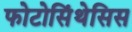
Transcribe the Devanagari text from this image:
फोटोसिंथेसिस